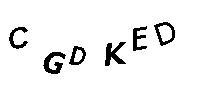
CGDKED